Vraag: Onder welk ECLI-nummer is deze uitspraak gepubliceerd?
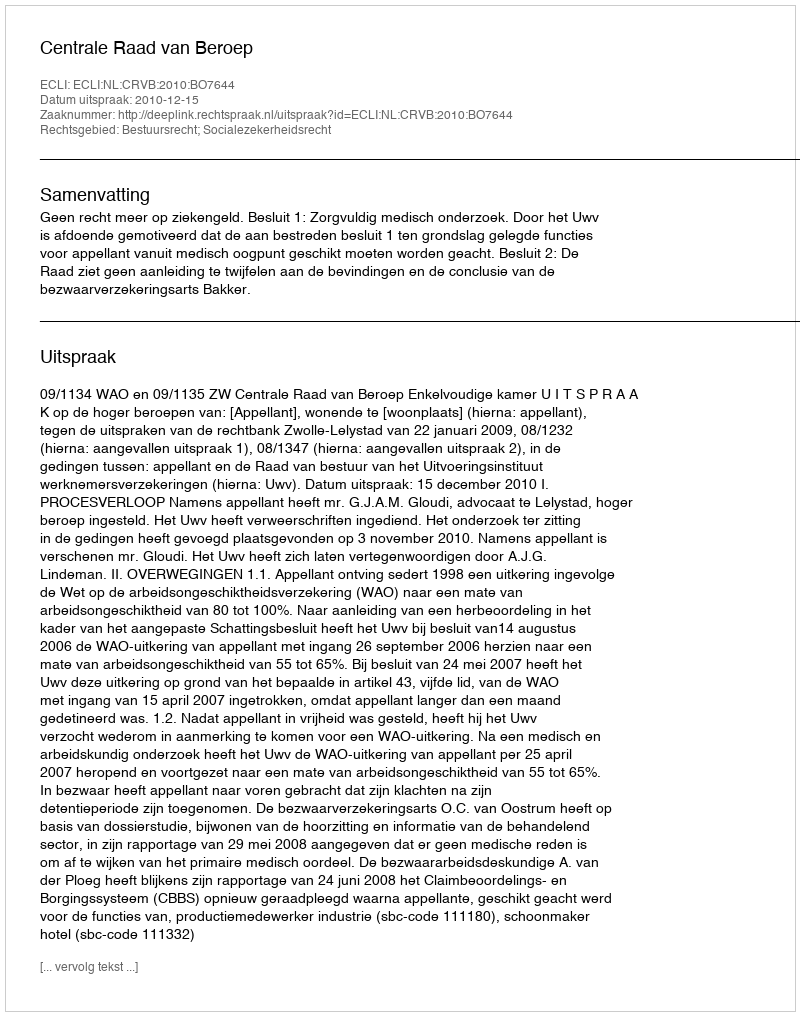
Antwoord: ECLI:NL:CRVB:2010:BO7644